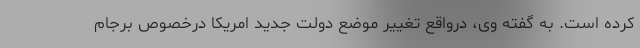
کرده است. به گفته وی، درواقع تغییر موضع دولت جدید امریکا درخصوص برجام